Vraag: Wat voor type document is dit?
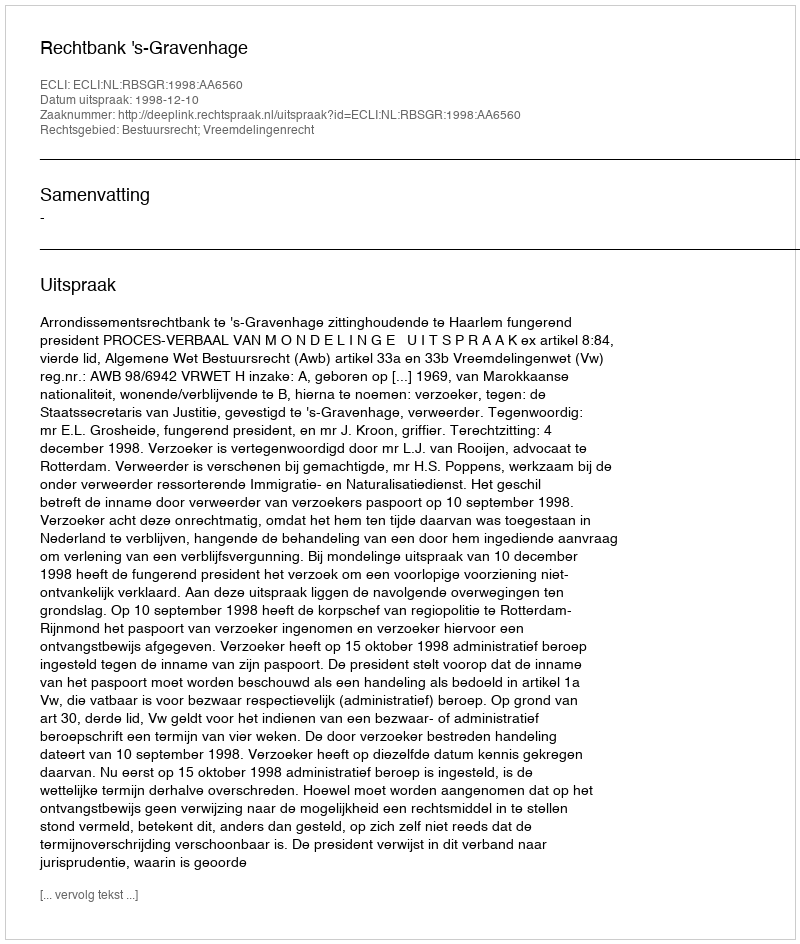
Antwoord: Uitspraak